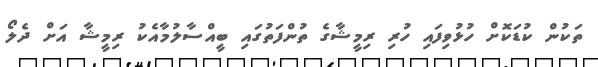
ތަކުން ކުޑަކޮށް ހުޅުވިފައި ހުރި ރިމީޝާގެ ތުންފަތުގައި ބީއްސާލުމާއެކު ރިމީޝާ އަށް ދެލޯ